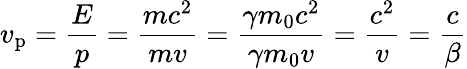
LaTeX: v_{\mathrm{p}}={\frac{E}{p}}={\frac{mc^{2}}{mv}}={\frac{\gamma m_{0}c^{2}}{\gamma m_{0}v}}={\frac{c^{2}}{v}}={\frac{c}{\beta}}